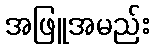
အဖြူအမည်း